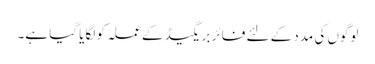
لوگوں کی مدد کے لئے فائر بریگیڈ کے عملہ کو لگایا گیا ہے۔